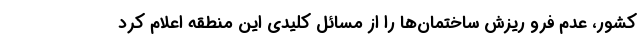
کشور، عدم فرو ریزش ساختمان‌ها را از مسائل کلیدی این منطقه اعلام کرد